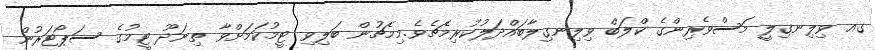
ގއ ވިލިނގިލީ މަސްވެރިންގެ ކްލަބް ވިލިނގިލާބައްދަލުކުރިމެޗެވެ.މިމެޗުން ބަލިވި ޓީމުކަމަށްވާ ތިނަދޫ ޓީމުގެ ސަޕޯޓަރުން